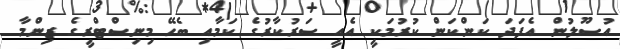
އުސޫލުން އެފަދަ ކަންކަން ކުރުމަކީ އެއީ ސަރުކާރުގެ ކަމާއި ބެހޭ މިނިސްޓްރީގެ ޒިންމާ